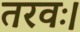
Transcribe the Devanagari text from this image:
तरवः।